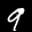
Label: 9